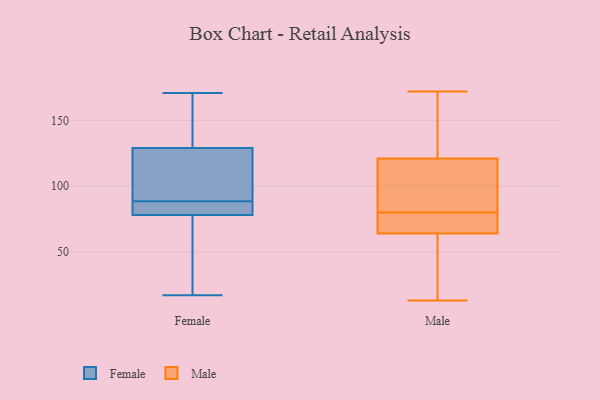
{"axis": {"x": "Revenue (USD Million)", "y": "Value"}, "legend": ["Female", "Male"], "data": [{"x": "", "y": 71, "type": "Female"}, {"x": "", "y": 43, "type": "Female"}, {"x": "", "y": 154, "type": "Female"}, {"x": "", "y": 104, "type": "Female"}, {"x": "", "y": 85, "type": "Female"}, {"x": "", "y": 17, "type": "Female"}, {"x": "", "y": 101, "type": "Female"}, {"x": "", "y": 88, "type": "Female"}, {"x": "", "y": 89, "type": "Female"}, {"x": "", "y": 159, "type": "Female"}, {"x": "", "y": 171, "type": "Female"}, {"x": "", "y": 87, "type": "Female"}, {"x": "", "y": 62, "type": "Male"}, {"x": "", "y": 145, "type": "Male"}, {"x": "", "y": 77, "type": "Male"}, {"x": "", "y": 109, "type": "Male"}, {"x": "", "y": 166, "type": "Male"}, {"x": "", "y": 121, "type": "Male"}, {"x": "", "y": 64, "type": "Male"}, {"x": "", "y": 65, "type": "Male"}, {"x": "", "y": 67, "type": "Male"}, {"x": "", "y": 172, "type": "Male"}, {"x": "", "y": 20, "type": "Male"}, {"x": "", "y": 143, "type": "Male"}, {"x": "", "y": 106, "type": "Male"}, {"x": "", "y": 99, "type": "Male"}, {"x": "", "y": 67, "type": "Male"}, {"x": "", "y": 83, "type": "Male"}, {"x": "", "y": 13, "type": "Male"}, {"x": "", "y": 51, "type": "Male"}]}